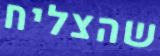
שהצליח